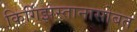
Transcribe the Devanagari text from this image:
किर्गिझस्तानासोबत